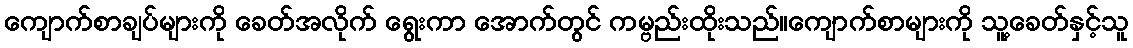
ကျောက်စာချပ်များကို ခေတ်အလိုက် ရွေးကာ အောက်တွင် ကမ္ဗည်းထိုးသည်။ကျောက်စာများကို သူ့ခေတ်နှင့်သူ